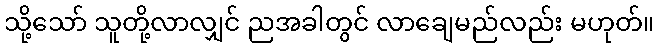
သို့သော် သူတို့လာလျှင် ညအခါတွင် လာချေမည်လည်း မဟုတ်။